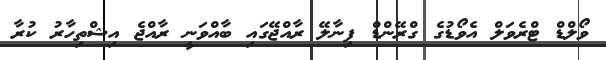
ވޯލްޑް ޓްރެވަލް އެވޯޑުގެ ގްރޭންޑް ފިނާލޭ ރާއްޖޭގައި ބާއްވަނީ ރާއްޖެ އިޝްތިހާރު ކުރާ